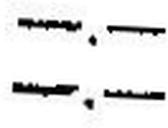
—.—